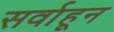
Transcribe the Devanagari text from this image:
सर्वाहून